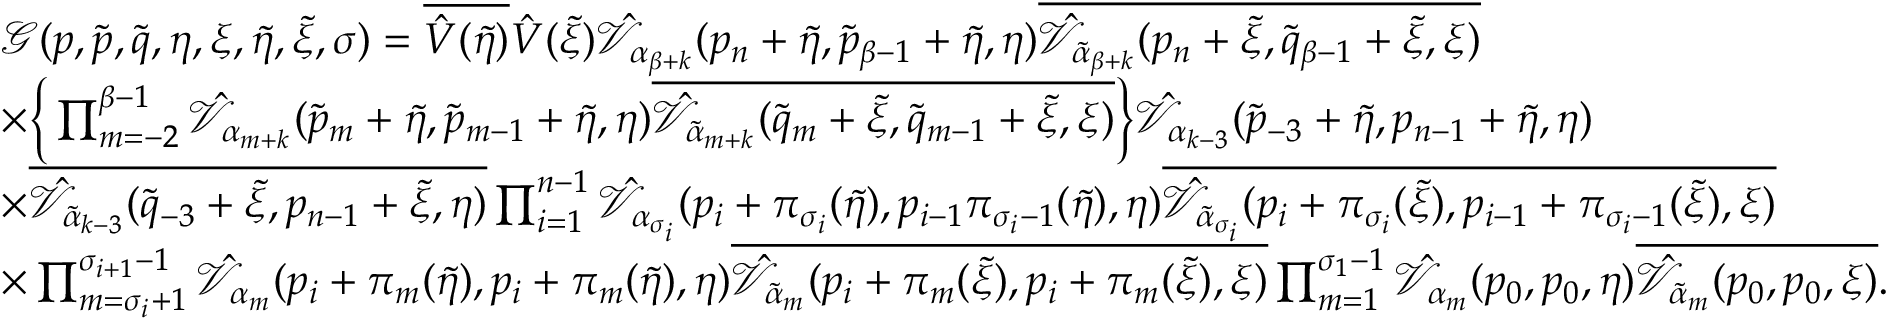
\begin{array} { r l } & { \mathcal { G } ( \boldsymbol { p } , \boldsymbol { \tilde { p } } , \boldsymbol { \tilde { q } } , \boldsymbol { \eta } , \boldsymbol { \xi } , \tilde { \eta } , \tilde { \xi } , \sigma ) = \overline { { \hat { V } ( \tilde { \eta } ) } } \hat { V } ( \tilde { \xi } ) \hat { \mathcal { V } } _ { \alpha _ { \beta + k } } ( p _ { n } + \tilde { \eta } , \tilde { p } _ { \beta - 1 } + \tilde { \eta } , \boldsymbol { \eta } ) \overline { { \hat { \mathcal { V } } _ { \tilde { \alpha } _ { \beta + k } } ( p _ { n } + \tilde { \xi } , \tilde { q } _ { \beta - 1 } + \tilde { \xi } , \boldsymbol { \xi } ) } } } \\ & { \times \Big \{ \prod _ { m = - 2 } ^ { \beta - 1 } \hat { \mathcal { V } } _ { \alpha _ { m + k } } ( \tilde { p } _ { m } + \tilde { \eta } , \tilde { p } _ { m - 1 } + \tilde { \eta } , \boldsymbol { \eta } ) \overline { { \hat { \mathcal { V } } _ { \tilde { \alpha } _ { m + k } } ( \tilde { q } _ { m } + \tilde { \xi } , \tilde { q } _ { m - 1 } + \tilde { \xi } , \boldsymbol { \xi } ) } } \Big \} \hat { \mathcal { V } } _ { \alpha _ { k - 3 } } ( \tilde { p } _ { - 3 } + \tilde { \eta } , p _ { n - 1 } + \tilde { \eta } , \boldsymbol { \eta } ) } \\ & { \times \overline { { \hat { \mathcal { V } } _ { \tilde { \alpha } _ { k - 3 } } ( \tilde { q } _ { - 3 } + \tilde { \xi } , p _ { n - 1 } + \tilde { \xi } , \boldsymbol { \eta } ) } } \prod _ { i = 1 } ^ { n - 1 } \hat { \mathcal { V } } _ { \alpha _ { \sigma _ { i } } } ( p _ { i } + \pi _ { \sigma _ { i } } ( \tilde { \eta } ) , p _ { i - 1 } \pi _ { \sigma _ { i } - 1 } ( \tilde { \eta } ) , \boldsymbol { \eta } ) \overline { { \hat { \mathcal { V } } _ { \tilde { \alpha } _ { \sigma _ { i } } } ( p _ { i } + \pi _ { \sigma _ { i } } ( \tilde { \xi } ) , p _ { i - 1 } + \pi _ { \sigma _ { i } - 1 } ( \tilde { \xi } ) , \boldsymbol { \xi } ) } } } \\ & { \times \prod _ { m = \sigma _ { i } + 1 } ^ { \sigma _ { i + 1 } - 1 } \hat { \mathcal { V } } _ { \alpha _ { m } } ( p _ { i } + \pi _ { m } ( \tilde { \eta } ) , p _ { i } + \pi _ { m } ( \tilde { \eta } ) , \boldsymbol { \eta } ) \overline { { \hat { \mathcal { V } } _ { \tilde { \alpha } _ { m } } ( p _ { i } + \pi _ { m } ( \tilde { \xi } ) , p _ { i } + \pi _ { m } ( \tilde { \xi } ) , \boldsymbol { \xi } ) } } \prod _ { m = 1 } ^ { \sigma _ { 1 } - 1 } \hat { \mathcal { V } } _ { \alpha _ { m } } ( p _ { 0 } , p _ { 0 } , \boldsymbol { \eta } ) \overline { { \hat { \mathcal { V } } _ { \tilde { \alpha } _ { m } } ( p _ { 0 } , p _ { 0 } , \boldsymbol { \xi } ) } } . } \end{array}